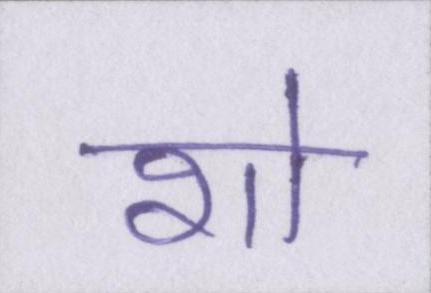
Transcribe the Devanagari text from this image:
शो